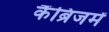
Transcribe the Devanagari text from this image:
कैंब्रिजमें